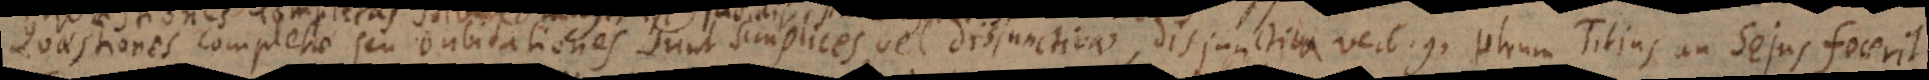
. Quaestiones completae seu dubitationes sunt simplices vel disjunctivae, disjunctiva verb. g. utrum T